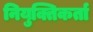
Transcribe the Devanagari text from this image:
नियुक्तिकर्ता